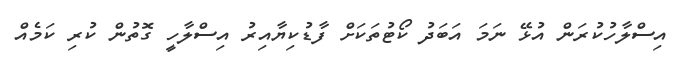
އިސްލާހުކުރަން އުޅޭ ނަމަ އަބަދު ކޯޓުތަކަށް ފާޑުކިޔާއިރު އިސްލާހީ ގޮތުން ކުރި ކަމެއް